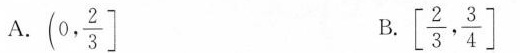
A.(0, \frac{2}{3}] B.[ \frac{2}{3}, \frac{3}{4}]